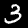
Digit: 3